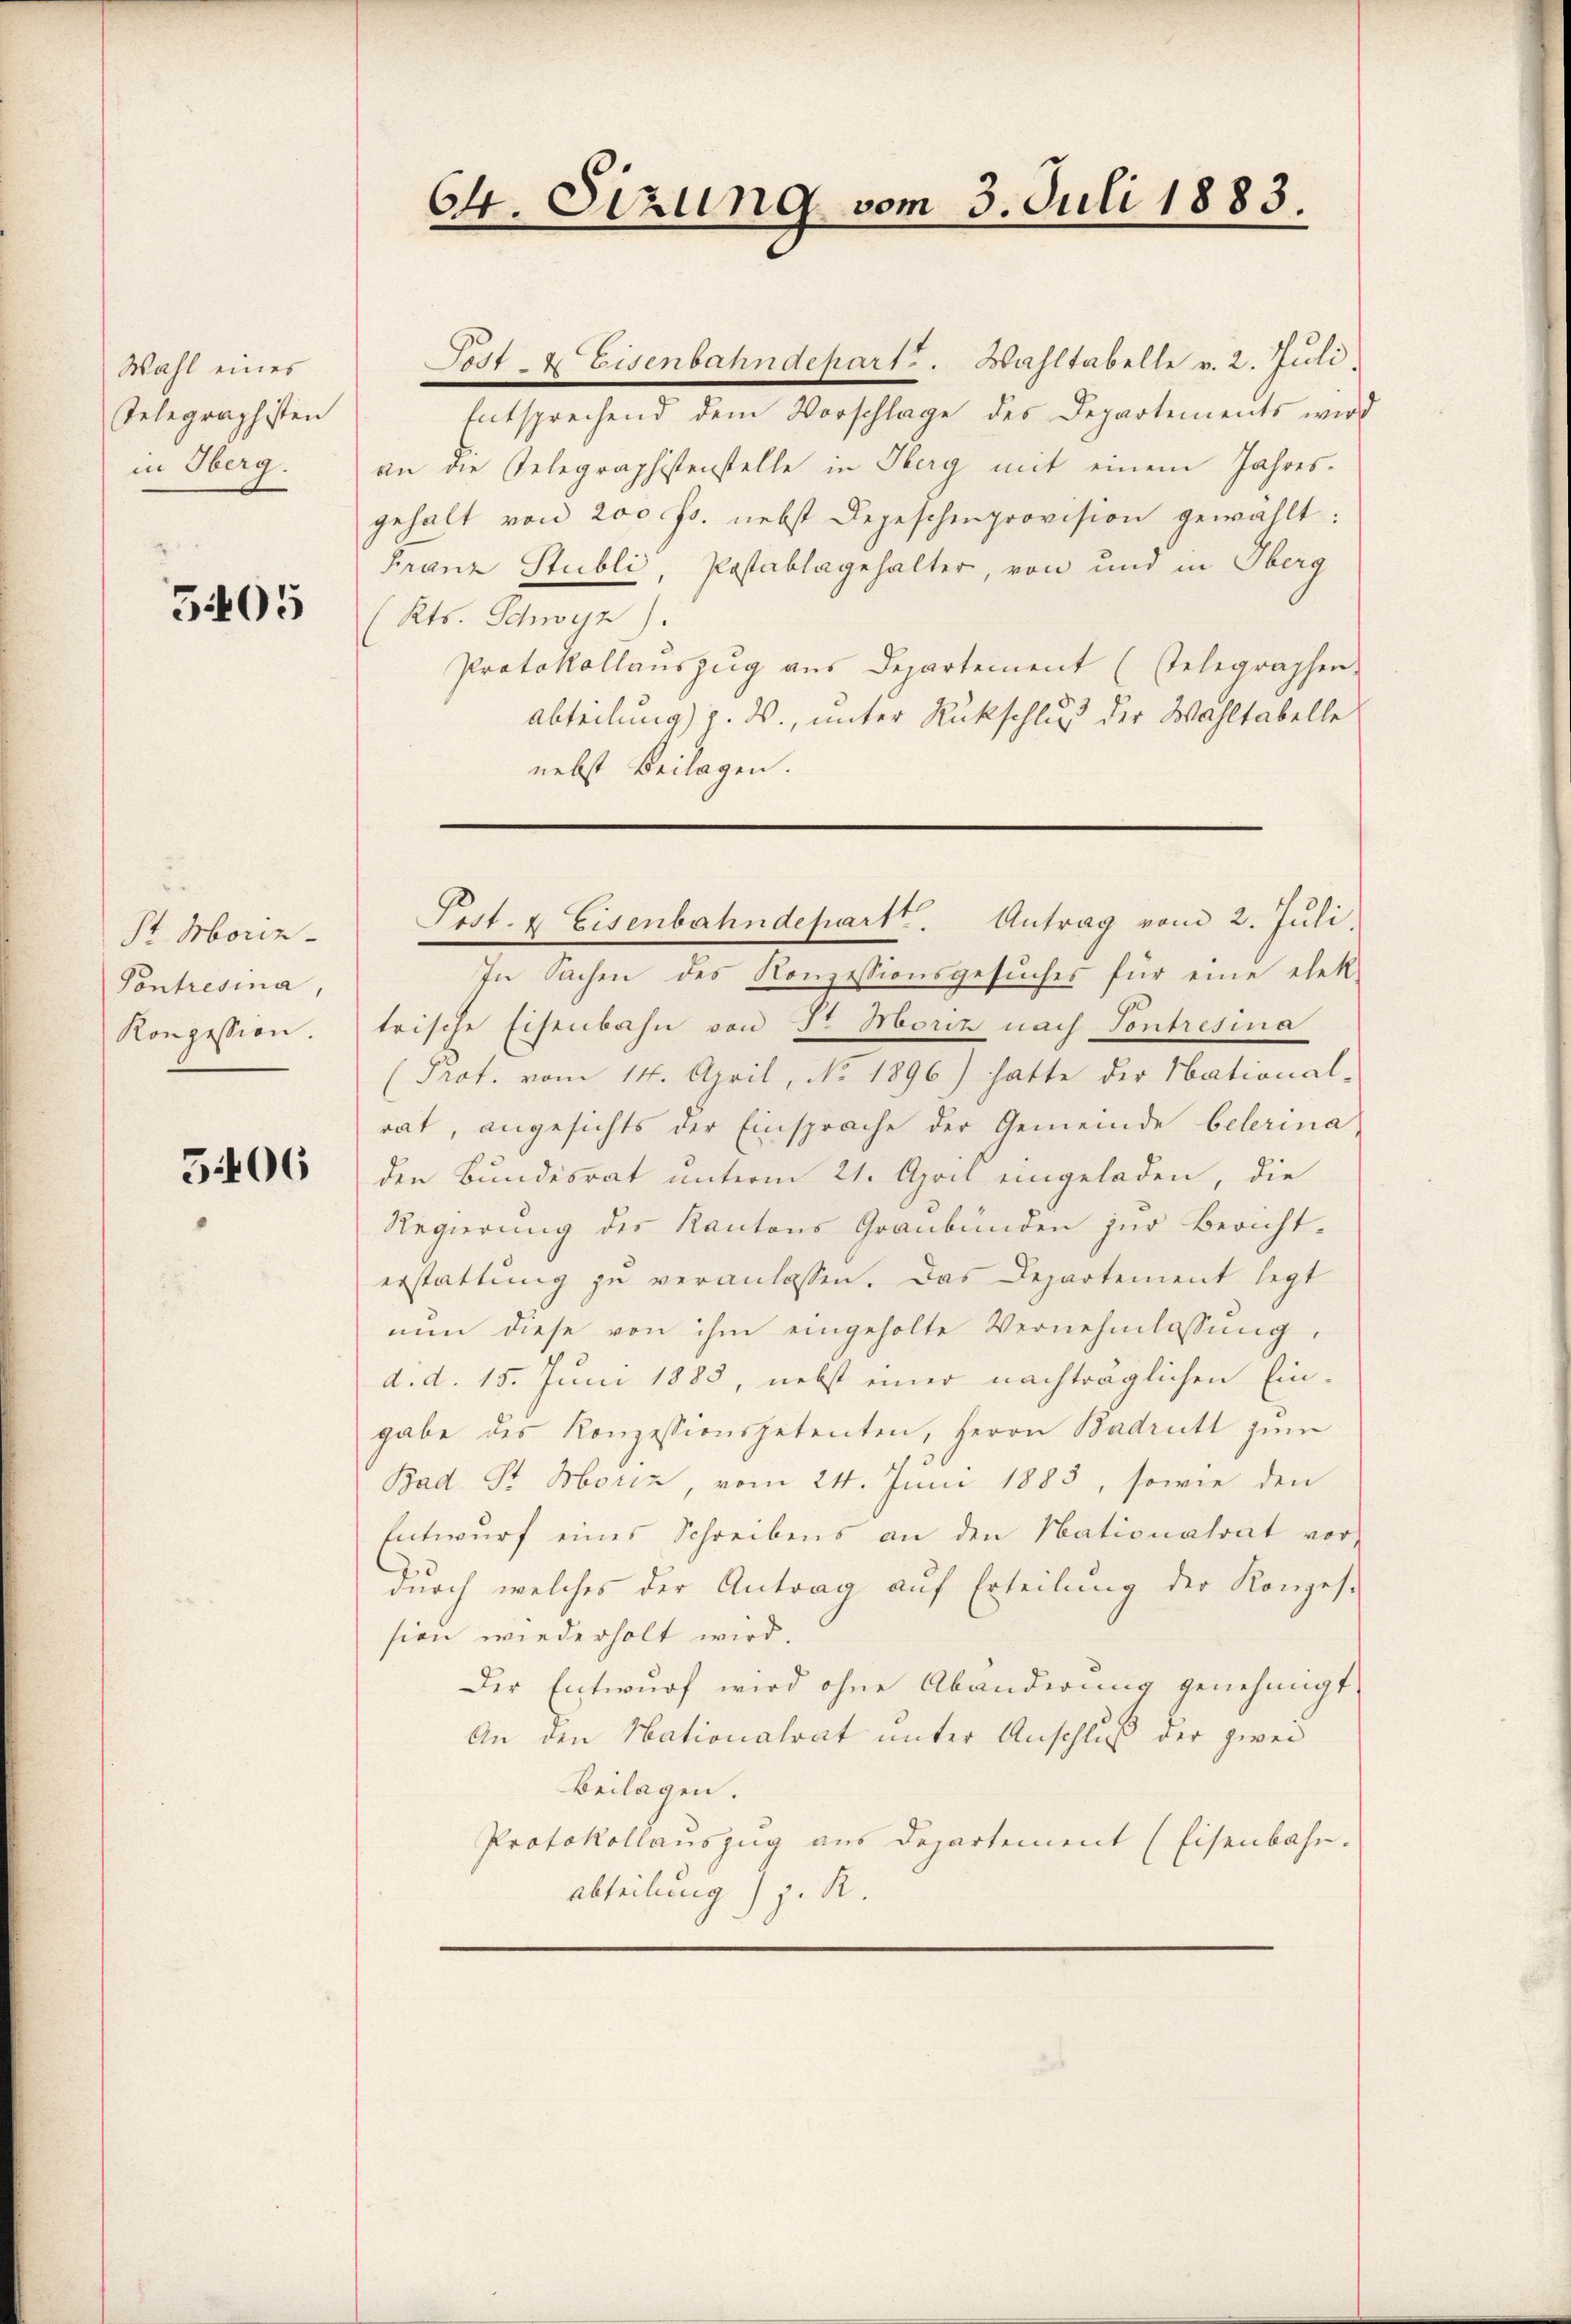
Wahl eines
Gelegraphisten
in Oberg.

5405

St. Moriz
Pontresina,
Konzession.

5406

Post & Eisenbahndepart. Wahltabelle v. 2. Juli.
Entsprechend dem Vorschlage des Departements wird
an die Telegraphistenstelle in Oberg mit einem Jahres-
gehalt von 200 Fr. nebst Depeschenprovision gewählt:
Franz Stubli, Postablagehalter, von und in Oberg
Kts. Schweiz.
Protokollaŭszŭg aŭs Departement (selegraphen-
Abteilung) z. B., unter Rückschluß der Wahltabelle
nebst Beilagen.
In Sachen des Konzessionsgesuches für eine elek
trische Eisenbahn von Fr Moriz nach Tontresina
Prot. vom 14. April, No. 1896) hatte der National-
rat, angesichts der Einsprache der Gemeinde belerina
den Bundesrat unterm 21. April eingeladen, die
Regierung des Kantons Graubünden zur Bericht-
erstattung zu veranlassen. Das Departement legt
nŭn diese von ihm eingeholte Vernehmlassŭng.
d.d. 15. Juni 1883, nebst einer nachträglichen Ein-
gabe des Konzessionspetenten, Herrn Badritt zum
Bad Sr. Moriz, vom 24. Juni 1883, sowie den
Entwurf eines Schreibens an den Nationalrat vor-
durch welches der Antrag auf Erteilung der Konzes-
sion wiederholt wird.
Der Entwurf wird ohne Abänderung genehmigt
An den Nationalrat unter Anschluß der zwei
Beilagen.
Protokollauszug aus Departement (Eisenbahn.
abteilung z. R.

64. Sizung vom 3. Juli 1883.

Post. & Eisenbahndepart. Antrag vom 2. Juli